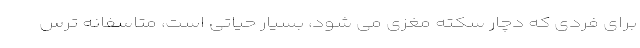
برای فردی که دچار سکته مغزی می شود، بسیار حیاتی است، متاسفانه ترس